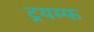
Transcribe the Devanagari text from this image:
ट्रयम्फ